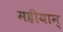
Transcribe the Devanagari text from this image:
महीयान्‌